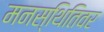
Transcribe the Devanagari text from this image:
मनस्थितिवर